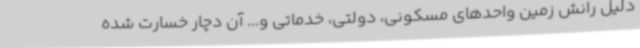
دلیل رانش زمین واحدهای مسکونی، دولتی، خدماتی و... آن دچار خسارت شده